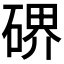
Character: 𥔅